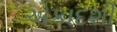
એકાદશી